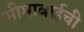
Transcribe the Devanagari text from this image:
भीमाबाईची